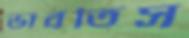
ভাবতিস